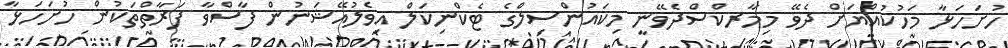
ހުށަހަޅާ މަހުކުއްޔަށް ދެވޭ މިމާރކްސްދެވޭނީ މިކައުންސިލްގެ ޓެކްނިކަލް އިވެލުއޭޝަނުން ފާސްވާ ފަރާތްތަކުން ހުށަހަޅާ